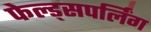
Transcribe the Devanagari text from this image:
फेल्ड्सपर्लिंग